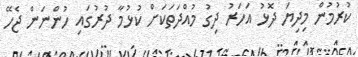
ކުރުމުން މިދިޔަ ދޮޅު އަހަރު ދިގު މުއްދަތަކަށް ކުޅުމާ ދުރުގައި ހުންނަން ޖެހޭ